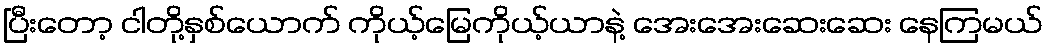
ပြီးတော့ ငါတို့နှစ်ယောက် ကိုယ့်မြေကိုယ့်ယာနဲ့ အေးအေးဆေးဆေး နေကြမယ်